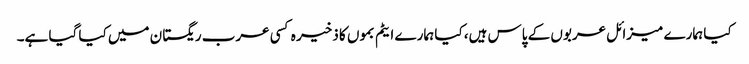
کیا ہمارے میزائل عربوں کے پاس ہیں، کیا ہمارے ایٹم بموں کا ذخیر ہ کسی عرب ریگستان میں کیا گیا ہے۔